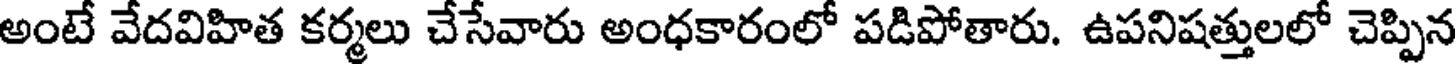
అంటే వేదవిహిత కర్మలు చేసేవారు అంధకారంలో పడిపోతారు. ఉపనిషత్తులలో చెప్పిన